Leprosy in India: report of the Leprosy Commission in India, 1890-91
Year: 1890
Disease focus: Leprosy
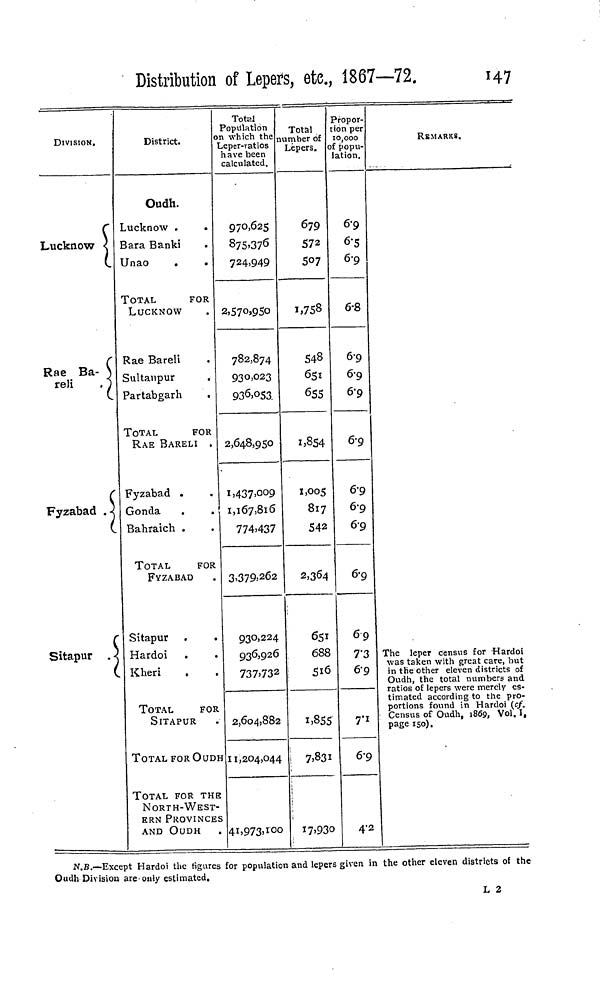
Distribution of Lepers, etc, 1867—72.
147
DIVISION.
Lucknow
Rae Ba
reli
Fyzabad
Sitapur
District.
Oudh.
Lucknow .
Bara Banki
Unao
.
TOTAL
FOR
LUCKNOW
Rae Bareli
Sultanpur
Partabgarh
.
TOTAL
FOR
RAE BARELI .
Fyzabad .
Gonda
.
Bahraich .
TOTAL
FOR
FYZABAD
Sitapur
Hardoi
Kheri
TOTAL
FOR
SITAPUR
TOTAL FOR OUDH
TOTAL FOR THE
NORTH-WEST-
ERN PROVINCES
AND OUDH
Total
Population
on which the
Leper-ratios
have been
calculated.
970,625
875,376
724,949
2,570,950
782,874
930,023
936,053
2,648,950
1,437,009
1,167,816
774,437
3,379,262
930,224
936,926
737,732
2,604,882
11,204,044
41,973,100
Total
number of
Lepers,
679
572
507
1,758
548
651
655
1,854
1,005
817
542
2,364
651
688
516
1,855
7,831
17,930
Propor-
tion per
10,000
of popu-
lation.
6.9
6.5
6.9
6.8
6.9
6.9
6.9
6.9
6.9
6.9
6.9
6.9
69
7.3
6.9
7.1
6.9
4.2
REMARKS.
The leper census for Hardoi
was taken with great care, but
in the other eleven districts of
Oudh, the total numbers and
ratios of lepers were merely es-
timated according to the pro-
portions found in Hardoi (cf.
Census of Oudh, 1869, Vol. I,
page 150).
N.B,—Except Hardoi the figures for population and lepers given in the other eleven districts of the
Oudh Division are-only estimated.
L 2